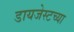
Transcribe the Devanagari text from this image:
डायजेस्टच्या